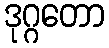
ဒုဂ္ဂတော